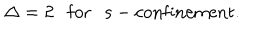
\Delta = 2 \mathrm { f o r s - c o n f i n e m e n t } .